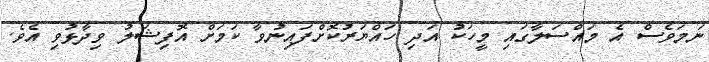
ނަމަވެސް އެ މައްސަލާގައި މީހަކު އަދި ހައްޔަރުކޮށްފައިނުވާ ކަމަށް އޮފިޝަލު ވިދާޅުވި އެވެ.